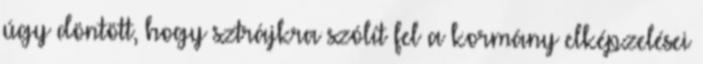
úgy döntött, hogy sztrájkra szólít fel a kormány elképzelései